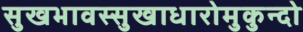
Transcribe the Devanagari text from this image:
सुखभावस्सुखाधारोमुकुन्दो